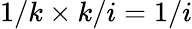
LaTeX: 1/k\times k/i=1/i